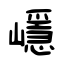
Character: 嶾